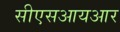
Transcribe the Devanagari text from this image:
सीएसआयआर